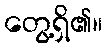
တွေ့ရှိ၏။